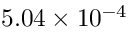
5 . 0 4 \times 1 0 ^ { - 4 }